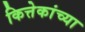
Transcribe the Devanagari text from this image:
कित्तेकांच्या